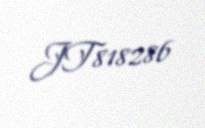
JT818286